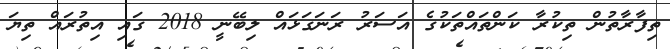
ތިފާރާތުން ތިކުރާ ކަންތައްތަކުގެ އަސަރު ރަނަގަޅައް ލިބޭނީ 2018 ގައި އިތުރައް ތިޔަ